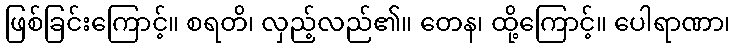
ဖြစ်ခြင်းကြောင့်။ စရတိ၊ လှည့်လည်၏။ တေန၊ ထို့ကြောင့်။ ပေါရာဏာ၊